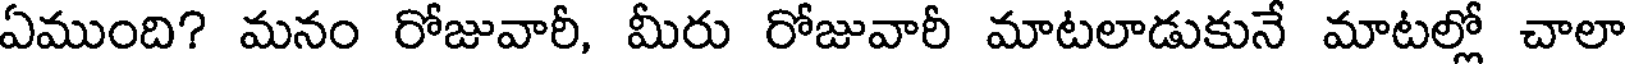
ఏముంది? మనం రోజువారీ, మీరు రోజువారీ మాటలాడుకునే మాటల్లో చాలా